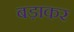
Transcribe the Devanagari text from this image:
बड़ाकर